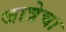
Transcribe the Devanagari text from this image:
जात्रेचा